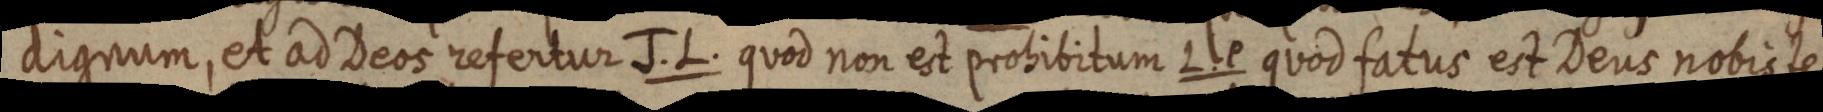
dignum, et ad Deos refertur J. L. quod non est probibitum L. P quod fatus est Deus nobis te